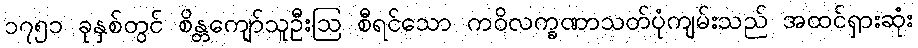
၁၇၅၁ ခုနှစ်တွင် စိန္တကျော်သူဦးဩ စီရင်သော ကဝိလက္ခဏာသတ်ပုံကျမ်းသည် အထင်ရှားဆုံး